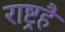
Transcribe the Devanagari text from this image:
राष्ट्रहै